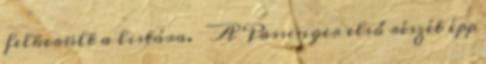
felkerült a listára. 😁 A Passenger első részét épp